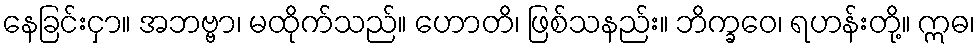
နေခြင်းငှာ။ အဘဗ္ဗာ၊ မထိုက်သည်။ ဟောတိ၊ ဖြစ်သနည်း။ ဘိက္ခဝေ၊ ရဟန်းတို့။ ဣဓ၊